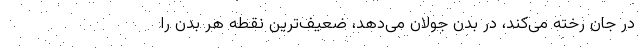
در جان رخته می‌کند، در بدن جولان می‌دهد، ضعیف‌ترین نقطه هر بدن را